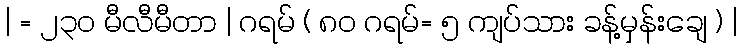
| = ၂၃၀ မီလီမီတာ | ဂရမ် ( ၈၀ ဂရမ်= ၅ ကျပ်သား ခန့်မှန်းချေ ) |